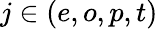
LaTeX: j\in(e,o,p,t)